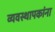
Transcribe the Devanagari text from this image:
व्यवस्थापकांना